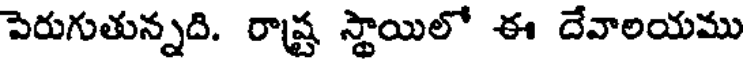
పెరుగుతున్నది. రాష్ట స్థాయిలో ఈ దేవాలయము